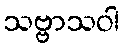
သဗ္ဗာသဝါ